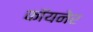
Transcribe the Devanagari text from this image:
कॉयनेर